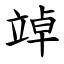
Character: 竨